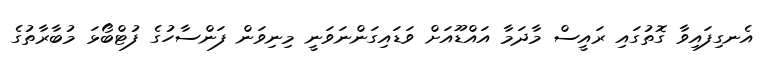
އެނގިފައިވާ ގޮތުގައި ރައީސް މާދަމާ އައްޑޫއަށް ވަޑައިގަންނަވަނީ މިނިވަން ފަންސާހުގެ ފުޓްބޯޅަ މުބާރާތުގެ